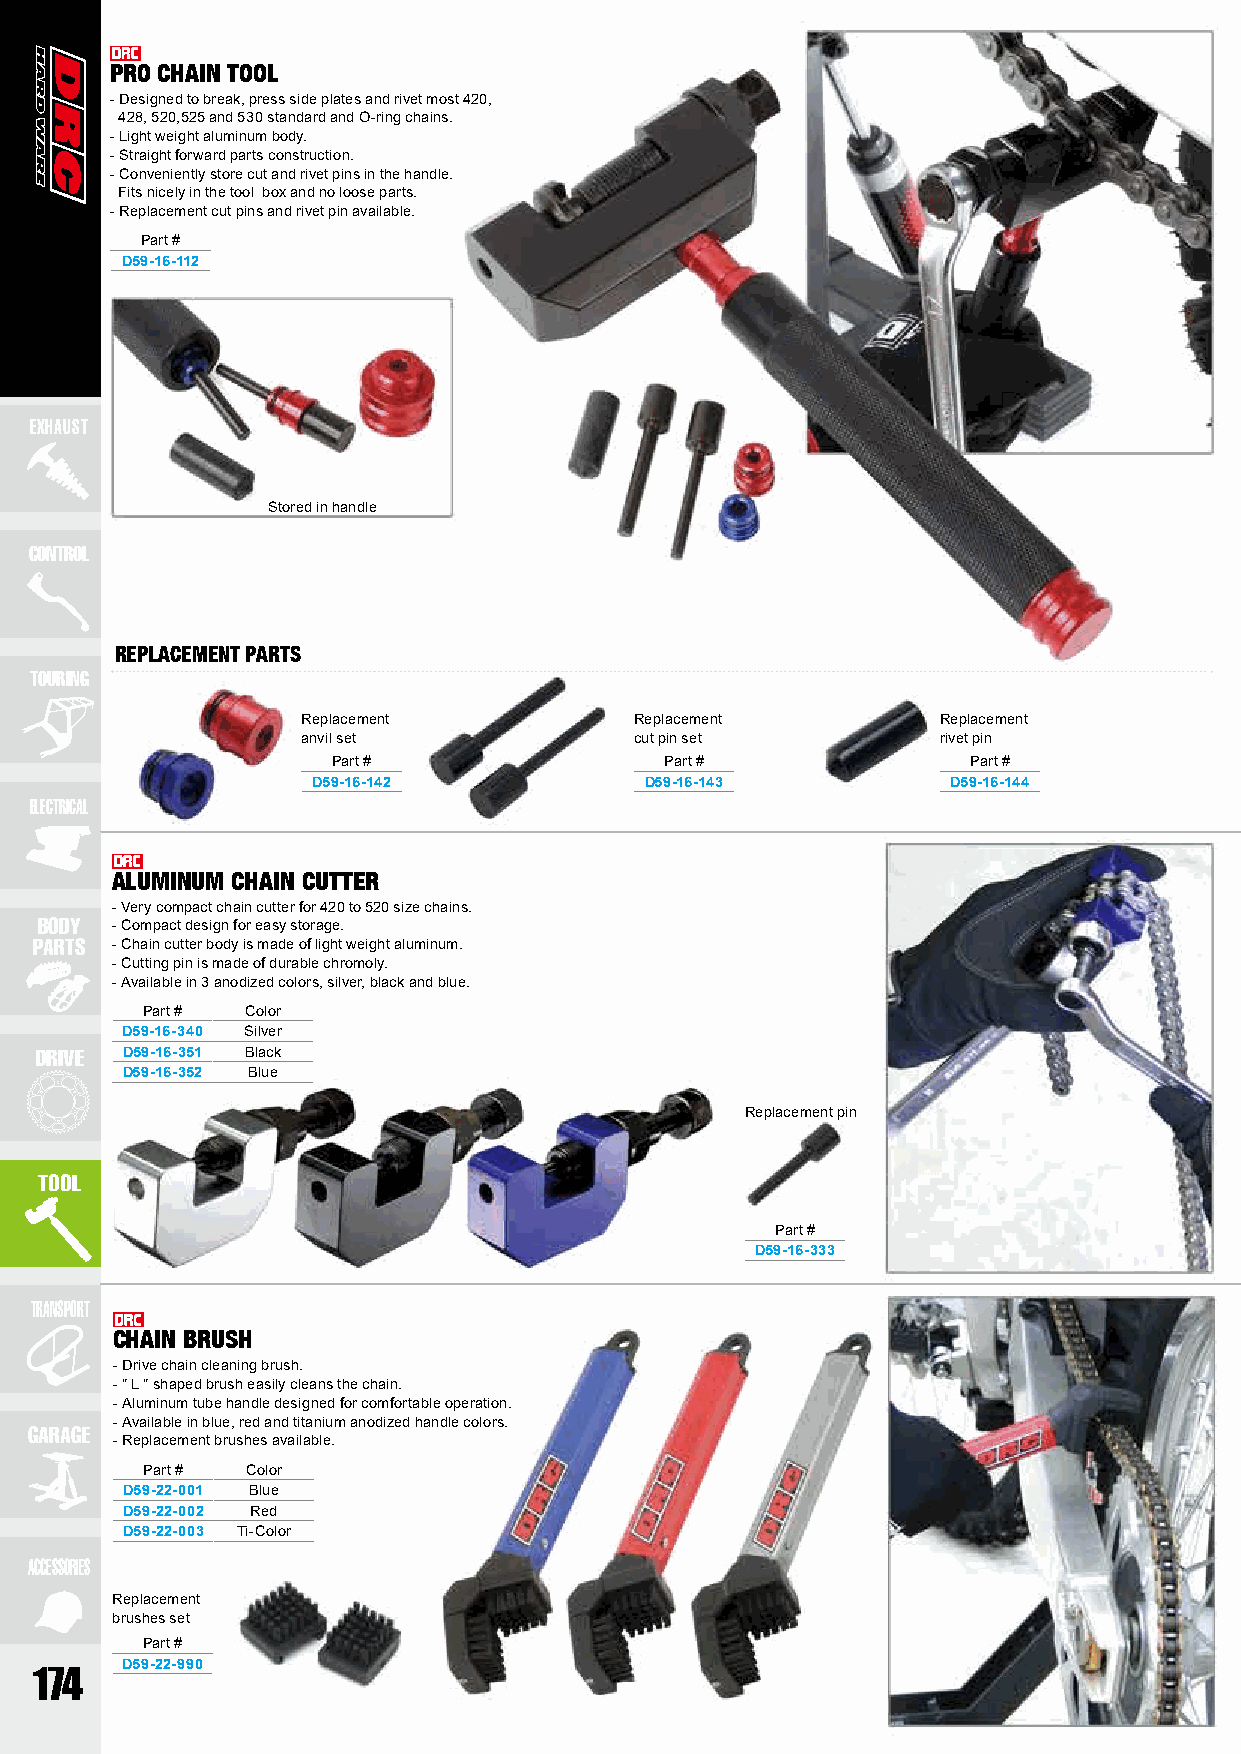
PRO CHAIN TOOL
 - Designed to break, press side plates and rivet most 420,
 428, 520,525 and 530 standard and O-ring chains.
 - Light weight aluminum body.
 - Straight forward parts construction.
 - Conveniently store cut and rivet pins in the handle.
 Fits nicely in the tool box and no loose parts.
 - Replacement cut pins and rivet pin available.
 Part #
 D59-16-112
 EXHAUST
 Stored in handle
 CONTROL
 REPLACEMENT PARTS
 TOURING
 Replacement           Replacement         Replacement
 anvil set             cut pin set         rivet pin
 Part #                Part #              Part #
 D59-16-142            D59-16-143          D59-16-144
 ELECTRICAL
 ALUMINUM CHAIN CUTTER
 - Very compact chain cutter for 420 to 520 size chains.
 BODY - Compact design for easy storage.
 PARTS - Chain cutter body is made of light weight aluminum.
 - Cutting pin is made of durable chromoly.
 - Available in 3 anodized colors, silver, black and blue.
 Part # Color
 D59-16-340 Silver
 DRIVE D59-16-351 Black
 D59-16-352 Blue
 Replacement pin
 TOOL
 Part #
 D59-16-333
 TRANSPORT
 CHAIN BRUSH
 - Drive chain cleaning brush.
 - " L " shaped brush easily cleans the chain.
 - Aluminum tube handle designed for comfortable operation.
 - Available in blue, red and titanium anodized handle colors.
 GARAGE
 - Replacement brushes available.
 Part # Color
 D59-22-001 Blue
 D59-22-002 Red
 D59-22-003 Ti-Color
 ACCESSORIES
 Replacement
 brushes set
 Part #
 D59-22-990
 174